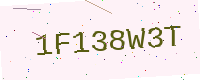
Text: 1F138W3T